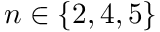
n \in \{ 2 , 4 , 5 \}